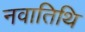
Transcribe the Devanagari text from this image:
नवातिथि